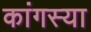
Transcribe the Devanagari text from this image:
कांगस्या